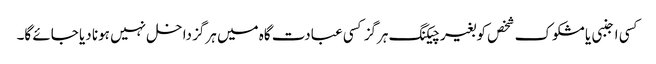
کسی اجنبی یا مشکوک شخص کو بغیر چیکنگ ہرگز کسی عبادت گاہ میں ہرگز داخل نہیں ہونا دیا جائے گا۔